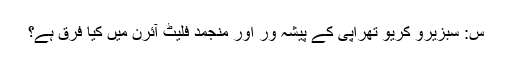
س: سبزیرو کریو تھراپی کے پیشہ ور اور منجمد فلیٹ آئرن میں کیا فرق ہے؟